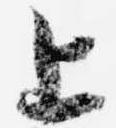
上